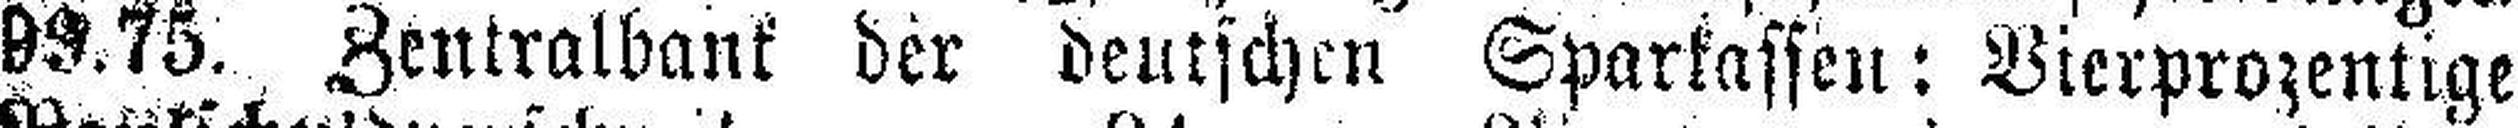
99.75. Zentralbank der deutschen Sparkassen: Vierprozentige